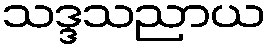
သဒ္ဒသညာယ